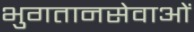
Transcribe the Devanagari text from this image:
भुगतानसेवाओं